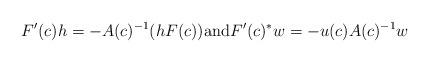
LaTeX: \begin{align*}F'(c)h = -A(c)^{-1}(hF(c)) \mbox{and} F'(c)^* w = -u(c) A(c)^{-1}w\end{align*}